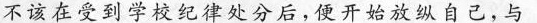
不该在受到学校纪律处分后，便开始放纵自己，与